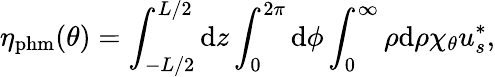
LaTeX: \eta_{\mathrm{phm}}(\theta)=\int_{-L/2}^{L/2}\mathrm{d}z\int_{0}^{2\pi}\mathrm{d}\phi\int_{0}^{\infty}\rho\mathrm{d}\rho\chi_{\theta}u_{s}^{*},